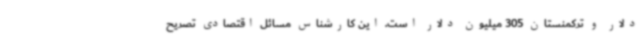
دلار و ترکمنستان 305 میلیون دلار است. این کارشناس مسائل اقتصادی تصریح